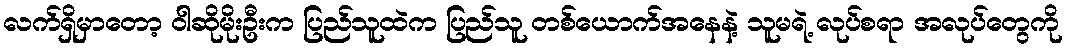
လက်ရှိမှာတော့ ဝါဆိုမိုးဦးက ပြည်သူထဲက ပြည်သူ တစ်ယောက်အနေနဲ့ သူမရဲ့ လုပ်စရာ အလုပ်တွေကို